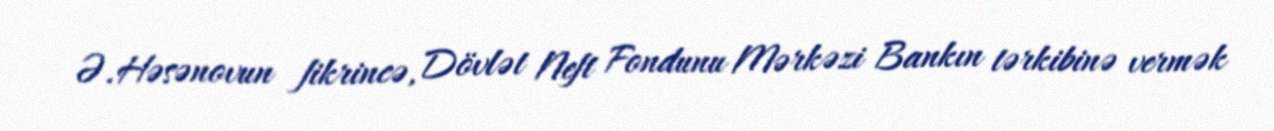
Ə.Həsənovun fikrincə, Dövlət Neft Fondunu Mərkəzi Bankın tərkibinə vermək